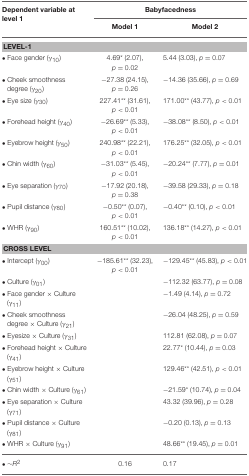
<table><thead><tr><td><b>Dependent variable at level 1</b></td><td colspan="2"><b>Babyfacedness</b></td></tr><tr><td></td><td><b>Model 1</b></td><td><b>Model 2</b></td></tr></thead><tbody><tr><td colspan="3"><b>LEVEL-1</b></td></tr><tr><td>• Face gender (γ<sub>10</sub>)</td><td>4.69<sup>*</sup> (2.07), <i>p</i> = 0.02</td><td>5.44 (3.03), <i>p</i> = 0.07</td></tr><tr><td>• Cheek smoothness degree (γ<sub>20</sub>)</td><td>−27.38 (24.15), <i>p</i> = 0.26</td><td>−14.36 (35.66), <i>p</i> = 0.69</td></tr><tr><td>• Eye size (γ<sub>30</sub>)</td><td>227.41<sup>**</sup> (31.61), <i>p</i> &lt; 0.01</td><td>171.00<sup>**</sup> (43.77), <i>p</i> &lt; 0.01</td></tr><tr><td>• Forehead height (γ<sub>40</sub>)</td><td>−26.69<sup>**</sup> (5.33), <i>p</i> &lt; 0.01</td><td>−38.08<sup>**</sup> (8.50), <i>p</i> &lt; 0.01</td></tr><tr><td>• Eyebrow height (γ<sub>50</sub>)</td><td>240.98<sup>**</sup> (22.21), <i>p</i> &lt; 0.01</td><td>176.25<sup>**</sup> (32.05), <i>p</i> &lt; 0.01</td></tr><tr><td>• Chin width (γ<sub>60</sub>)</td><td>−31.03<sup>**</sup> (5.45), <i>p</i> &lt; 0.01</td><td>−20.24<sup>**</sup> (7.77), <i>p</i> = 0.01</td></tr><tr><td>• Eye separation (γ<sub>70</sub>)</td><td>−17.92 (20.18), <i>p</i> = 0.38</td><td>−39.58 (29.33), <i>p</i> = 0.18</td></tr><tr><td>• Pupil distance (γ<sub>80</sub>)</td><td>−0.50<sup>**</sup> (0.07), <i>p</i> &lt; 0.01</td><td>−0.40<sup>**</sup> (0.10), <i>p</i> &lt; 0.01</td></tr><tr><td>• WHR (γ<sub>90</sub>)</td><td>160.51<sup>**</sup> (10.02), <i>p</i> &lt; 0.01</td><td>136.18<sup>**</sup> (14.27), <i>p</i> &lt; 0.01</td></tr><tr><td colspan="3"><b>CROSS LEVEL</b></td></tr><tr><td>• Intercept (γ<sub>00</sub>)</td><td>−185.61<sup>**</sup> (32.23), <i>p</i> &lt; 0.01</td><td>−129.45<sup>**</sup> (45.83), <i>p</i> &lt; 0.01</td></tr><tr><td>• Culture (γ<sub>01</sub>)</td><td></td><td>−112.32 (63.77), <i>p</i> = 0.08</td></tr><tr><td>• Face gender × Culture (γ<sub>11</sub>)</td><td></td><td>−1.49 (4.14), <i>p</i> = 0.72</td></tr><tr><td>• Cheek smoothness degree × Culture (γ<sub>21</sub>)</td><td></td><td>−26.04 (48.25), <i>p</i> = 0.59</td></tr><tr><td>• Eyesize × Culture (γ<sub>31</sub>)</td><td></td><td>112.81 (62.08), <i>p</i> = 0.07</td></tr><tr><td>• Forehead height × Culture (γ<sub>41</sub>)</td><td></td><td>22.77<sup>*</sup> (10.44), <i>p</i> = 0.03</td></tr><tr><td>• Eyebrow height × Culture (γ<sub>51</sub>)</td><td></td><td>129.46<sup>**</sup> (42.51), <i>p</i> &lt; 0.01</td></tr><tr><td>• Chin width × Culture (γ<sub>61</sub>)</td><td></td><td>−21.59<sup>*</sup> (10.74), <i>p</i> = 0.04</td></tr><tr><td>• Eye separation × Culture (γ<sub>71</sub>)</td><td></td><td>43.32 (39.96), <i>p</i> = 0.28</td></tr><tr><td>• Pupil distance × Culture (γ<sub>81</sub>)</td><td></td><td>−0.20 (0.13), <i>p</i> = 0.13</td></tr><tr><td>WHR × Culture (γ<sub>91</sub>)</td><td></td><td>48.66<sup>**</sup> (19.45), <i>p</i> = 0.01</td></tr><tr><td>• ~<i>R</i><sup>2</sup></td><td>0.16</td><td>0.17</td></tr></tbody></table>